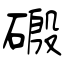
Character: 磤